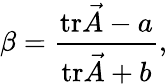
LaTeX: \beta=\frac{\mathrm{tr}\vec{A}-a}{\mathrm{tr}\vec{A}+b},